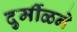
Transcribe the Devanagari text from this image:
दुर्मीळने